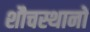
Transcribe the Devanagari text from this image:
शौचस्थानों